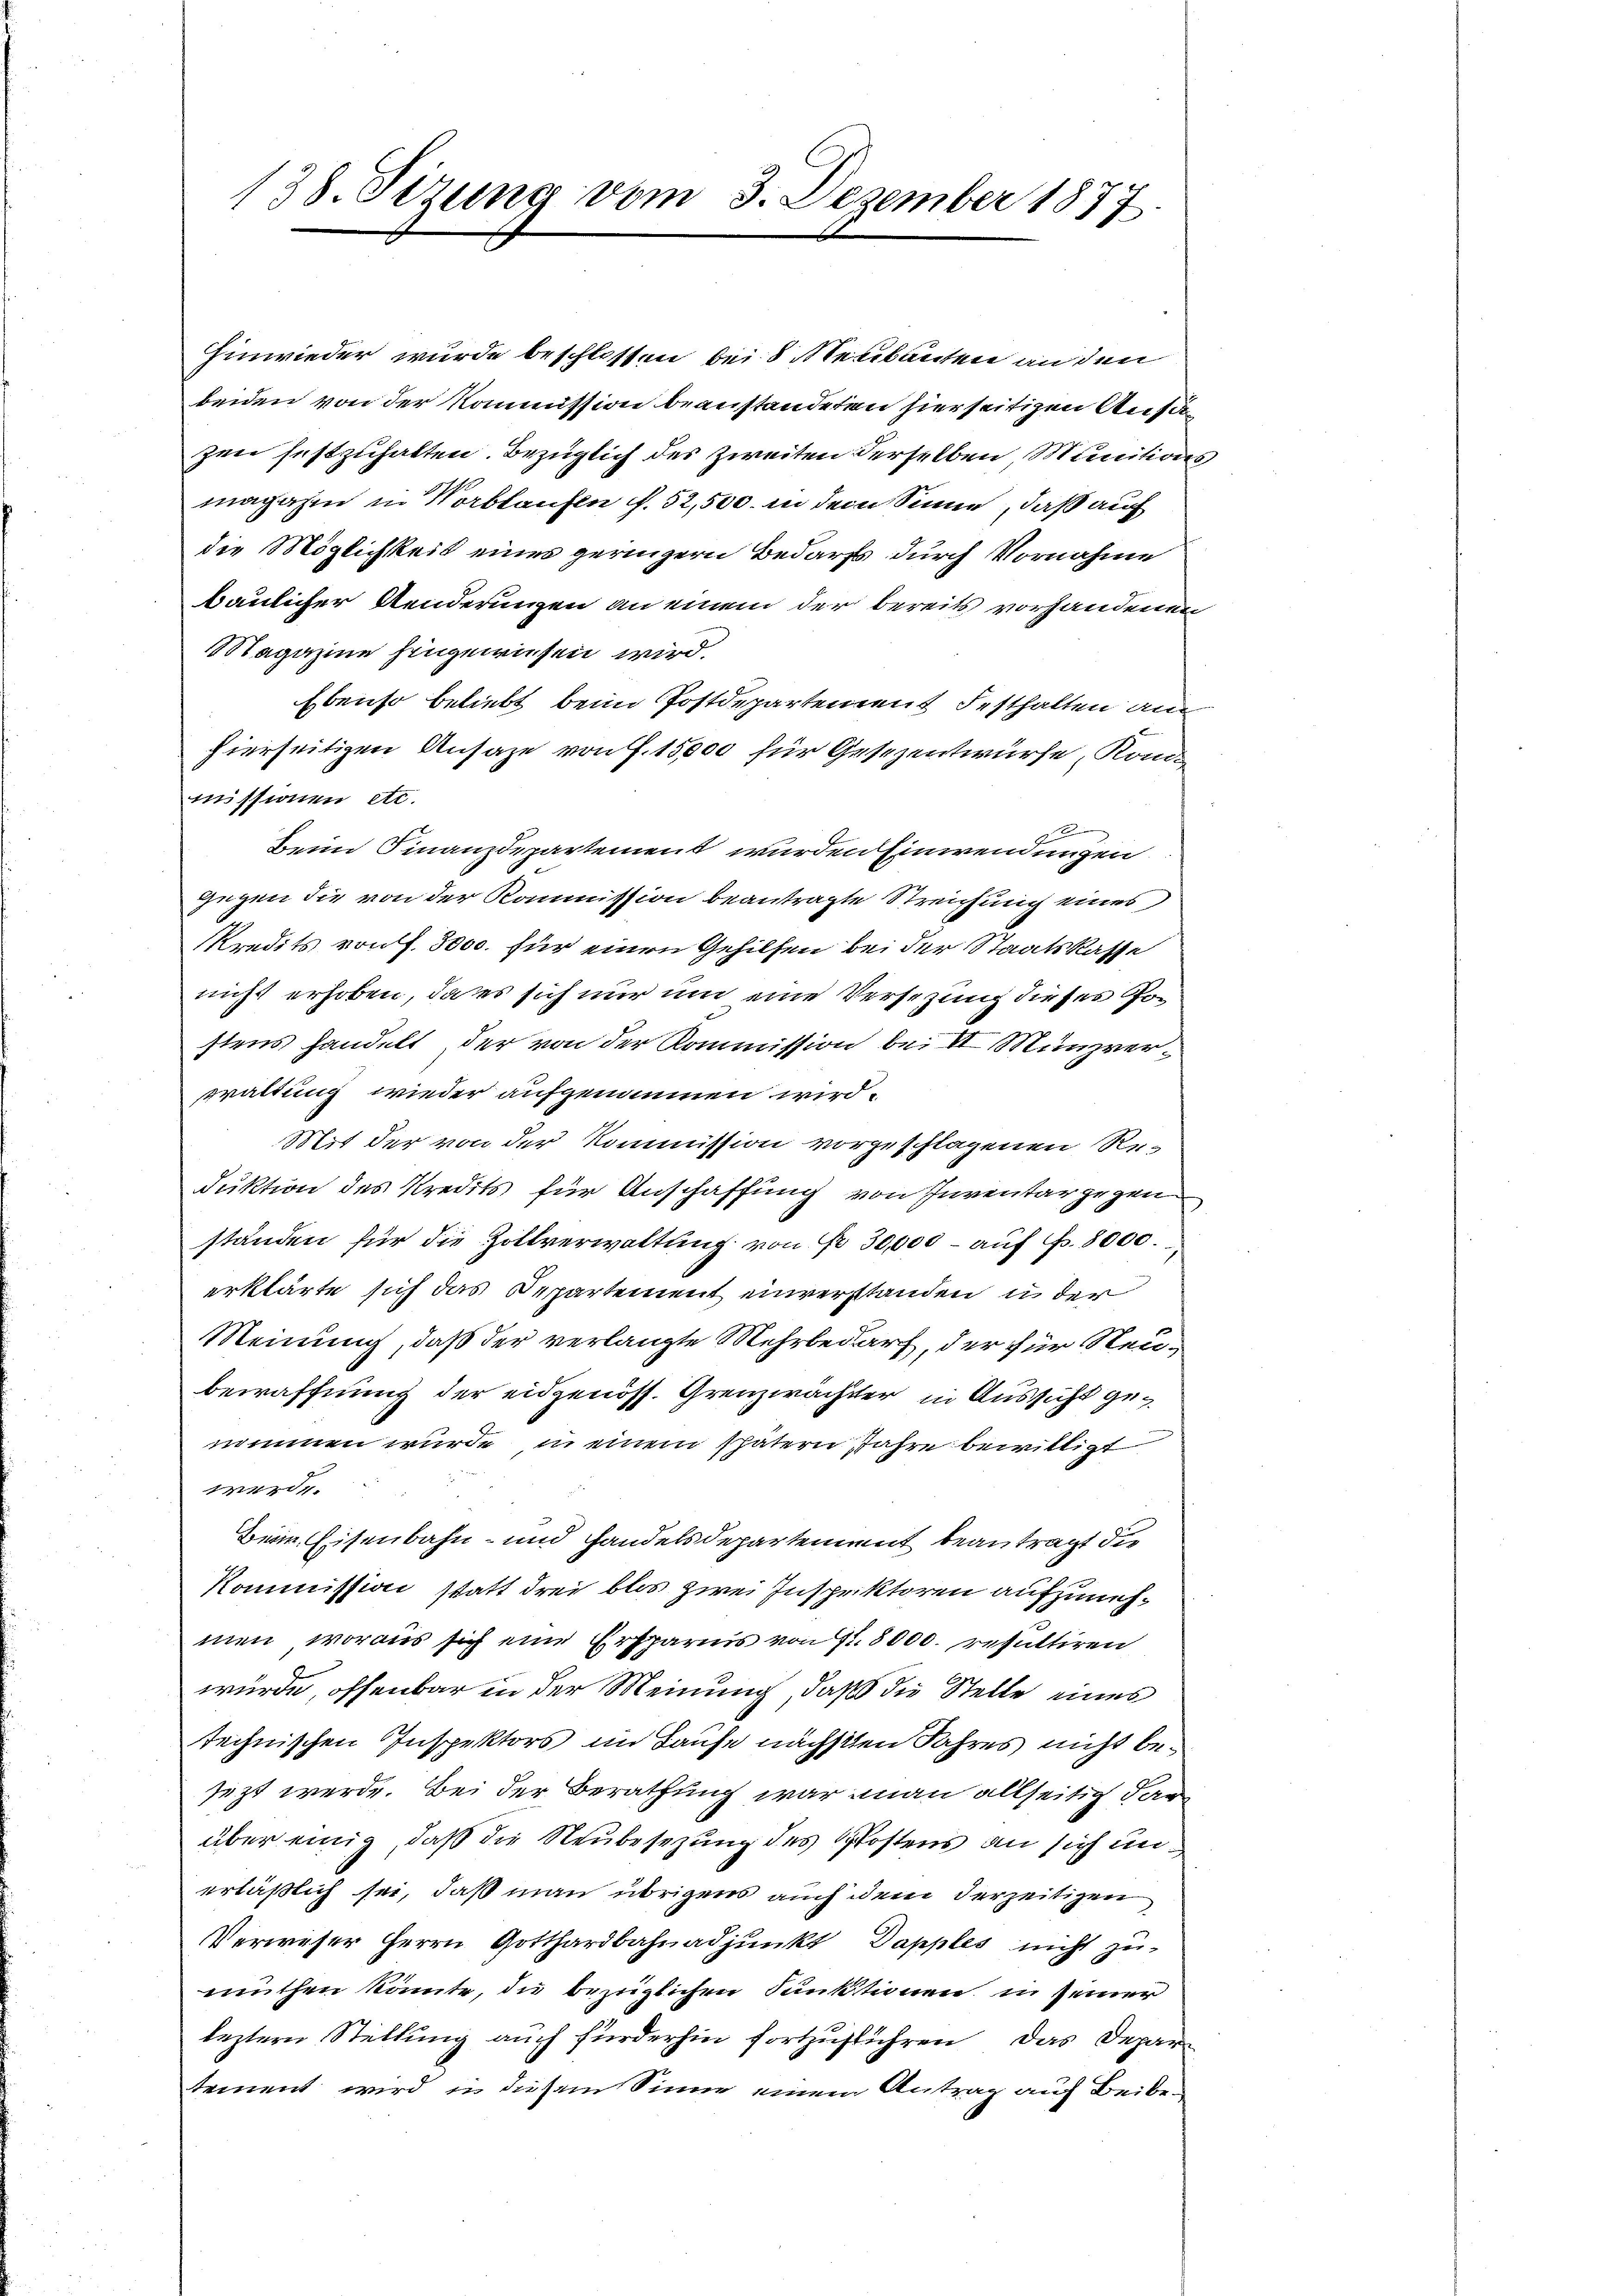
138. Sizung vom 3. Dezember 1877.

Einwieder wurde beschlossen bei 8 Meubauten an den
beiden von der Kommission beanstandeten hierseitigen Ansäzen festzuhalten. Bezüglich des Zweiten derselben, Munitionsmagazin in Vorblaufen f. 52,500. in dem Sinne, daß auf
die Möglichkeit eines geringern Bedarfs durch Vornahme
Baulicher Aenderungen an einem der bereits vorhandenen
Magazine hingewiesen wird.
Ebenso beliebt beim Postdepartement Festhalten an
hierseitigen Ansaze von . 15,000 für Gesezentwurfe Kommissionen etc.

Beim Finanzdepartement wurden Einwendungen.
gegen die von der Kommission beantragte Streichung eines
Kredits von f. 3000. für einen Gehilfen bei der Staatskasse
nicht erhoben, da es sich nur um eine Versezung dieses Postens handelt, der von der Kommission bei II Münzverwaltung wieder aufgenommen wird.
Mit der von der Kommission vorgeschlagenen Re-
duktion des Kredits für Anschaffung von Inventar gegen
ständen für die Zollverwaltung von Nr. 30,000 – auf Fr. 8000.
erklärte sich das Departement einverstanden in der
Meinung, daß der verlangte Mehrbedarf, der für Neubewaffnung der eidgenöss. Grenzwächter, in Aussicht genommen wurde, in einem spätern Jahre bewilligt
werde
Beim Eisenbahn- und Handelsdepartement beantragt die
Kommission statt drei blos zwei Inspektoren aufzunehmen, woraus sich eine Ersparnis von fl. 8000. resultiren
würde, offenbar in der Meinung, daß die Stelle eines
technischen Inspektors im Hause nächschen Jahres nicht besezt werde. Bei der Berathung war man allseitig darüber einig, daß die Neubesezung des Postens an sich unerläßlich sei, daß man übrigens auch dem derzeitigen
Verweser Herrn Gotthardbahnadjunkt Dapples nicht zumuthen könnte, die bezüglichen Punktionen in seiner
leztern Stellung auch fürderhin fortzuführen. Das Departement wird in diesem Sinne einen Antrag auf Beibe¬